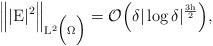
LaTeX: \begin{align*}\Big\Vert |\mathrm{E}|^2 \Big\Vert_{\mathrm{L}^2\Big(\Omega\Big)} = \mathcal{O}\Big(\delta|\log\delta|^{\frac{3\mathrm{h}}{2}}\Big),\end{align*}